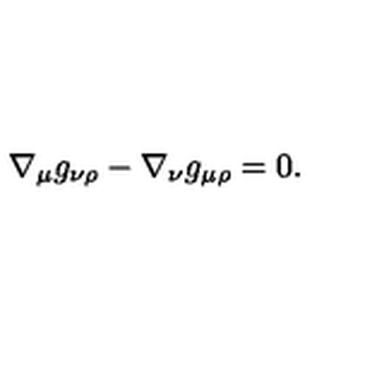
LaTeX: \nabla _ { \mu } g _ { \nu \rho } - \nabla _ { \nu } g _ { \mu \rho } = 0 .